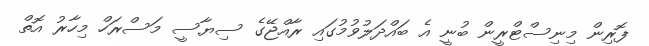
ފޮރިން މިނިސްޓްރީން ބުނީ އެ ބައްދަލުވުމުގައި ރާއްޖޭގެ ސިޔާސީ މަސްރަހް މިހާރު އޮތް